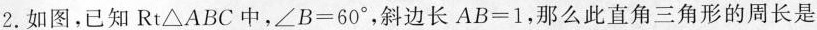
2.如图，已知Rt\triangle ABC中，$$\angle B=60^{\circ}$$，斜边长$$AB=1$$，那么此直角三角形的周长是